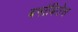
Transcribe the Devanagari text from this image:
बर्नाबितेस